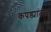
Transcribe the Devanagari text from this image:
कपड्यांतील